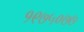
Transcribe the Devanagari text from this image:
१९७५०७७